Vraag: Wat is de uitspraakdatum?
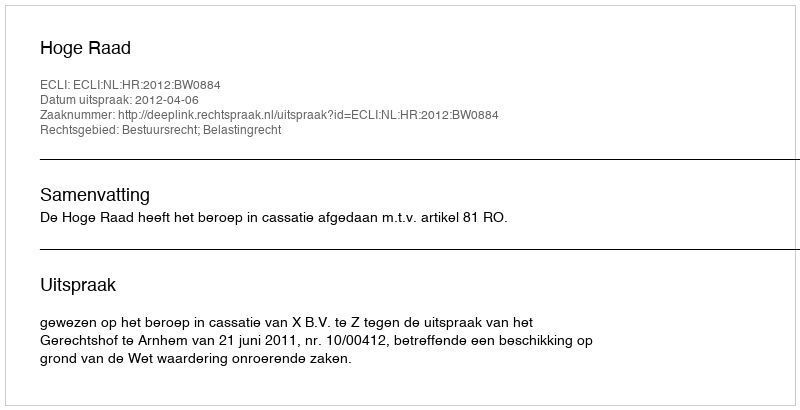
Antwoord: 2012-04-06